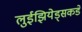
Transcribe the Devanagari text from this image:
लुईझियेड्सकडे